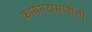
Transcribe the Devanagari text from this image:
कार्यगटांसाठीची